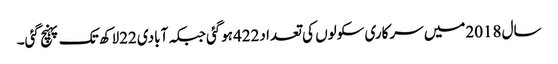
سال 2018میں سرکاری سکولوں کی تعدا د422ہوگئی جبکہ آبادی 22لاکھ تک پہنچ گئی۔